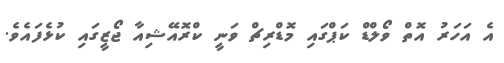
އެ އަހަރު އޮތް ވޯލްޑް ކަޕްގައި މޮޑްރިޗް ވަނީ ކްރޮއޭޝިއާ ޖޯޒީގައި ކުޅެފައެވެ.